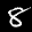
Label: 8